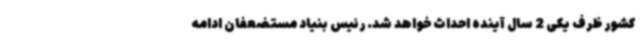
کشور ظرف یکی 2 سال آینده احداث خواهد شد. رئیس بنیاد مستضعفان ادامه